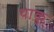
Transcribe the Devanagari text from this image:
याकु